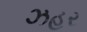
ઝહૂર